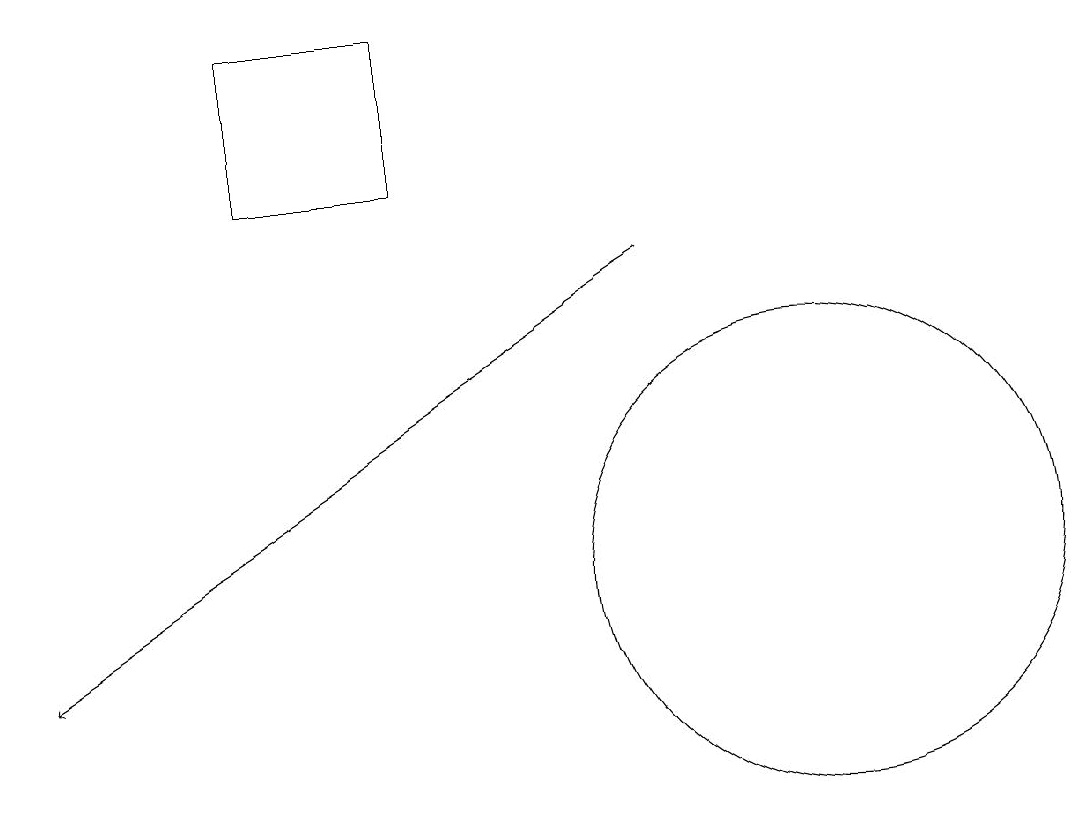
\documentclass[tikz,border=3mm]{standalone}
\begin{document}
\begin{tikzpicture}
\draw (6,16) rectangle (4,18);
\draw (11,11) circle (3);
\draw[->] (9,15) -- (1,10);
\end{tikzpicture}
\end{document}